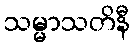
သမ္မာသတိနီ